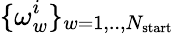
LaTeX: \lbrace\omega_{w}^{i}\rbrace_{w=1,..,N_{\mathrm{start}}}